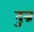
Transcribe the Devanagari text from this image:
दुन्न